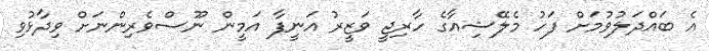
އެ ބައްދަލުވުމަށް ފަހު މެލޭޝިއާގެ ހާރިޖީ ވަޒީރު އަނީފާ އަމީން ނޫސްވެރިންނަށް ވިދާޅުވި